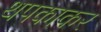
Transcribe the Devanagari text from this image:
थपकाकर